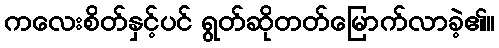
ကလေးစိတ်နှင့်ပင် ရွတ်ဆိုတတ်မြောက်လာခဲ့၏။